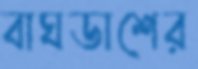
বাঘডাশের